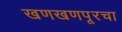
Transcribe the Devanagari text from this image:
खणखणपूरचा